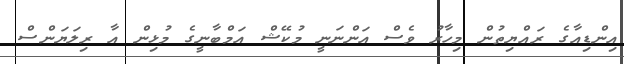
އިންޑިއާގެ ރައްޔިތުން މިހާރު ވެސް އަންނަނީ މުކޭޝް އަމްބާނީގެ މުޅިން އާ ރިލަޔަންސް